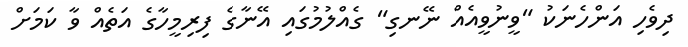
ދިވެހި އަންހެނަކު "ވީނުވީއެއް ނޭނގި" ގެއްލުމުގައި އޭނާގެ ފިރިމީހާގެ އަތެއް ވާ ކަމަށް